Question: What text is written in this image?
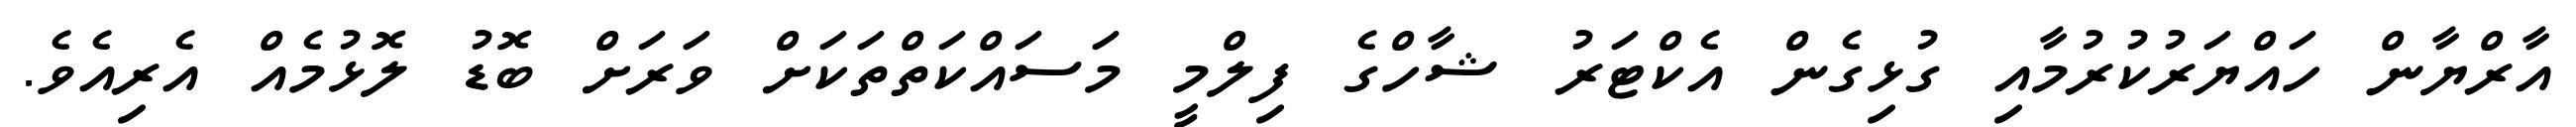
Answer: އާރްޔާން ހައްޔަރުކުރުމާއި ގުޅިގެން އެކްޓަރު ޝާހްގެ ފިލްމީ މަސައްކަތްތަކަށް ވަރަށް ބޮޑު ލޮޅުމެއް އެރިއެވެ.